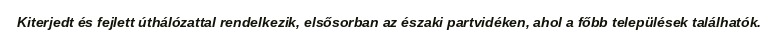
Kiterjedt és fejlett úthálózattal rendelkezik, elsősorban az északi partvidéken, ahol a főbb települések találhatók.